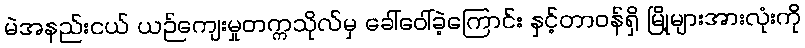
မဲအနည်းငယ် ယဉ်ကျေးမှုတက္ကသိုလ်မှ ခေါ်ဝေါ်ခဲ့ကြောင်း နှင့်တာဝန်ရှိ မြို့များအားလုံးကို